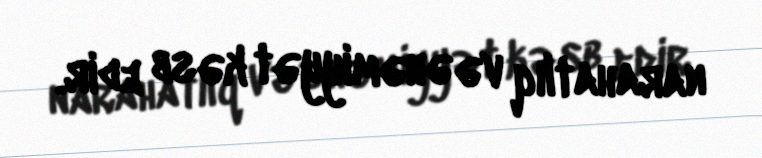
narahatlıq və əhəmiyyət kəsb edir.